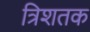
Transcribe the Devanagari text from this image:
त्रिशतक